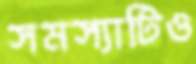
সমস্যাটিও